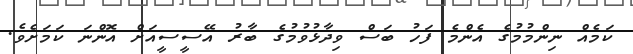
ކަމެއް ނިންމުމުގެ އެންމެ ފަހު ބަސް ވިދާޅުވުމުގެ ބާރު އޭސީސީއަށް އޮންނަ ކަމަށެވެ.